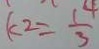
k ^ { 2 } = \frac { 1 4 } { 3 }